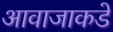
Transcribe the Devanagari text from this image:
आवाजाकडे